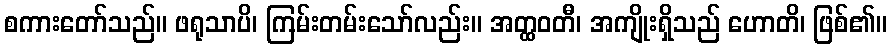
စကားတော်သည်။ ဖရုသာပိ၊ ကြမ်းတမ်းသော်လည်း။ အတ္ထဝတီ၊ အကျိုးရှိသည် ဟောတိ၊ ဖြစ်၏။